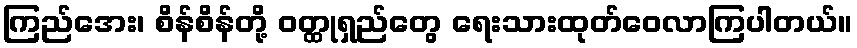
ကြည်အေး၊ စိန်စိန်တို့ ဝတ္ထုရှည်တွေ ရေးသားထုတ်ဝေလာကြပါတယ်။